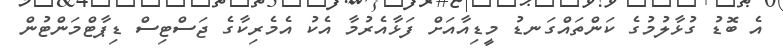
އެ ބޮޑު ގުޅާލުމުގެ ކަންތައްގަނޑު މީޑިއާއަށް ފަޅާއެރުމާ އެކު އެމެރިކާގެ ޖަސްޓިސް ޑިޕާޓްމަންޓުން